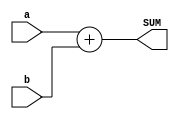
module signed_adder #(parameter  WL =15)(
    input signed [WL-1:0] a,b,

    output signed [WL:0] SUM
    );
    
    assign  SUM = a+b;
    
endmodule